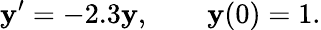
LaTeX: \mathbf{y}^{\prime}=-2.3\mathbf{y},\qquad\mathbf{y}(0)=1.